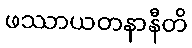
ဖဿာယတနာနီတိ